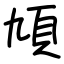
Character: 頄